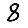
Digit: 8